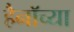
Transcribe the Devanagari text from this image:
हैनॉच्या